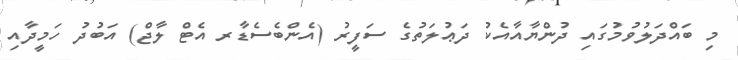
މި ބައްދަލުވުމުގައި ދުންޔާއާއެކު ދަޢުލަތުގެ ސަފީރު (އެންބެސެޑާރ އެޓް ލާޖް) އަބުދު ހަމީދާއި